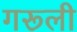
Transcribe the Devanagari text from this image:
गरूली